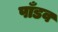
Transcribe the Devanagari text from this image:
पाँडव